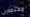
محتجزين